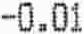
-0.01